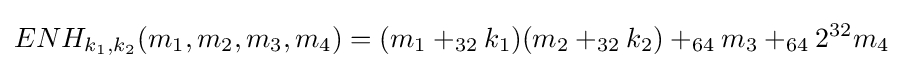
ENH_{k_{1},k_{2}}(m_{1},m_{2},m_{3},m_{4})=(m_{1}+_{32}k_{1})(m_{2}+_{32}k_{2})+_{64}m_{3}+_{64}2^{32}m_{4}